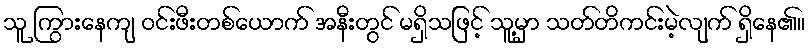
သူ ကြွားနေကျ ဝင်းဖီးတစ်ယောက် အနီးတွင် မရှိသဖြင့် သူ့မှာ သတ်တိကင်းမဲ့လျက် ရှိနေ၏။